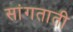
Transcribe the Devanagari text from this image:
सांगताती